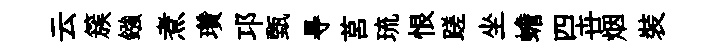
云簇鏹煮瓚邛甄㝵莒琉恨蹉坐蟾四卋烟裝